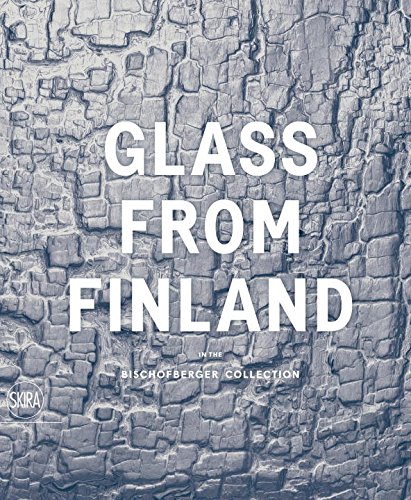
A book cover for Glass from Finland in the Bischofberger Collection; Crafts, Hobbies & Home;